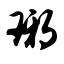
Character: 琊